Vaccination in the Punjab 1905-1918 - 1905-1918
Year: 1905
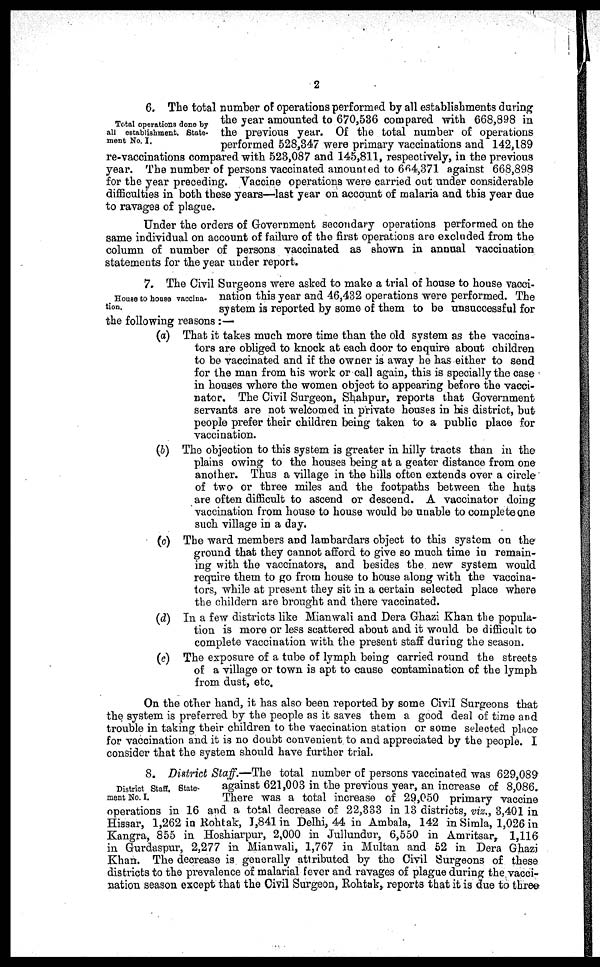
2
Total operations done by
all establishment. State¬
ment No. I.
6. The total number of operations performfed by all establishments during
the year amounted to 670,536 compared with 668,898 in
the previous year. Of the total number of operations
performed 528,347 were primary vaccinations and 142,189
re-vaccinations compared with 523,087 and 145,811, respectively, in the previous
year. The number of persons vaccinated amounted to 664,371 against 668,898
for the year preceding. Vaccine operations were carried out under considerable
difficulties in both these years—last year on account of malaria and this year due
to ravages of plague.
Under the orders of Government secondary operations performed on the
same individual on account of failure of the first operations are excluded from the
column of number of persons vaccinated as shown in annual vaccination
statements for the year under report.
House to house vaccina¬
tion.
7. The Civil Surgeons were asked to make a trial of house to house vacci-
nation this year and 46,432 operations were performed. The
system is reported by some of them to be unsuccessful for
the following reasons :—
(a) That it takes much more time than the old system as the vaccina¬
tors are obliged to knock at each door to enquire about children
to be vaccinated and if the owner is away he has either to send
for the man from his work or call again, this is specially the case
in houses where the women object to appearing before the vacci¬
nator. The Civil Surgeon, Shahpur, reports that Government
servants are not welcomed in private houses in his district, but
people prefer their children being taken to a public place for
vaccination.
(b) The objection to this system is greater in hilly tracts than in the
plains owing to the houses being at a geater distance from one
another. Thus a village in the hills often extends over a circle
of two or three miles and the footpaths between the huts
are often difficult to ascend or descend. A vaccinator doing
vaccination from house to house would be unable to complete one
such village in a day.
(c) The ward members and lambardars object to this system on the
ground that they cannot afford to give so much time in remain-
ing with the vaccinators, and besides the new system would
require them to go from house to house along with the vaccina-
tors, while at present they sit in a certain selected place where
the childern are brought and there vaccinated.
(d) In a few districts like Mianwali and Dera Ghazi Khan the popula-
tion is more or less scattered about and it would be difficult to
complete vaccination with the present staff during the season.
(e) The exposure of a tube of lymph being carried round the streets-
of a village or town is apt to cause contamination of the lymph
from dust, etc.
On the other hand, it has also been reported by some Civil Surgeons that
the system is preferred by the people as it saves them a good deal of time and
trouble in taking their children to the vaccination station or some selected place
for vaccination and it is no doubt convenient to and appreciated by the people. I
consider that the system should have further trial.
District Staff, State-
ment No. I.
8. District Staff.—The total number of persons vaccinated was 629,089
against 621,003 in the previous year, an increase of 8,086.
There was a total increase of 29,050 primary vaccine
operations in 16 and a total decrease of 22,333 in 13 districts, viz., 3,401 in
Hissar, 1,262 in Rohtak, 1,841 in Delhi, 44 in Ambala, 142 in Simla, 1,026 in
Kangra, 855 in Hoshiarpur, 2,000 in Jullundur, 6,550 in Amritsar, 1,116
in Gurdaspur, 2,277 in Mianwali, 1,767 in Multan and 52 in Dera Ghazi
Khan. The decrease is generally attributed by the Civil Surgeons of these
districts to the prevalence of malarial fever and ravages of plague during the vacci-
nation season except that the Civil Surgeon, Rohtak, reports that it is due to three